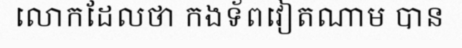
លោកដែលថា កងទ័ពវៀតណាម បាន